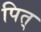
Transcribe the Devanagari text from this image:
पित्‌